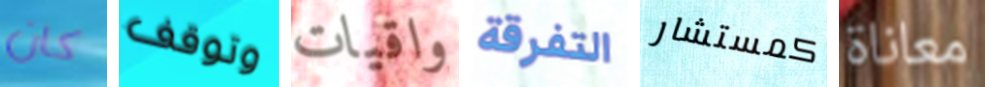
كان وتوقف واقيات التفرقة كمستشار معاناة